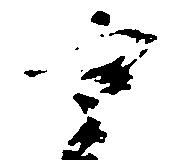
重